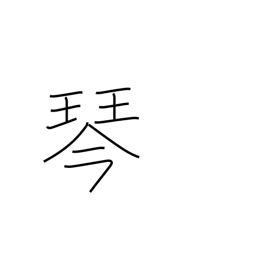
Meaning: koto